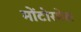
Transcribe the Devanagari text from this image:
मोंटोरमेल